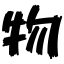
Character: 物